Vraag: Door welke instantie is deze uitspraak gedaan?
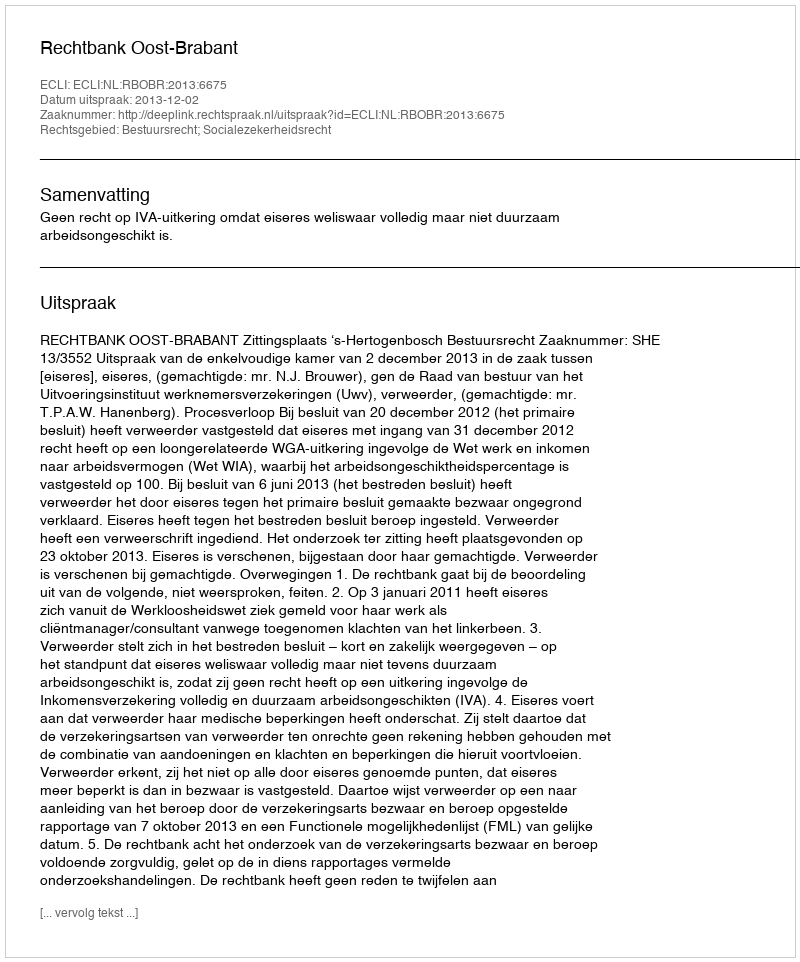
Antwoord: Rechtbank Oost-Brabant